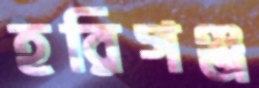
হরিগঞ্জ